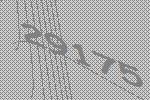
29175